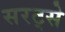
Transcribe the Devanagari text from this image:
सरट्से